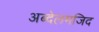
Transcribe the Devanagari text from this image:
अब्देलमजिद